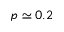
p \simeq 0 . 2